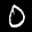
Label: 0